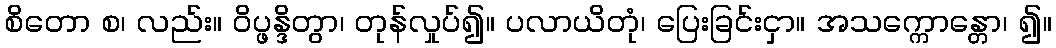
စိတော စ၊ လည်း။ ဝိပ္ဖန္ဒိတွာ၊ တုန်လှုပ်၍။ ပလာယိတုံ၊ ပြေးခြင်းငှာ။ အသက္ကောန္တော၊ ၍။